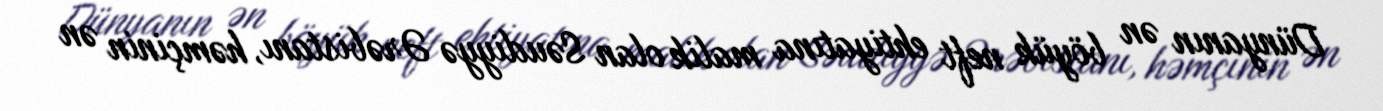
Dünyanın ən böyük neft ehtiyatına malik olan Səudiyyə Ərəbistanı, həmçinin ən